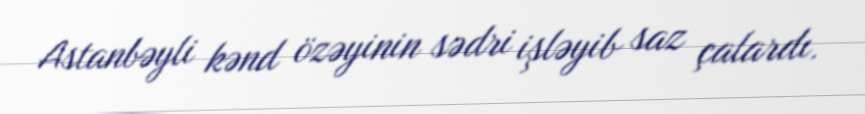
Astanbəyli kənd özəyinin sədri işləyib saz çalardı.